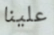
علينا